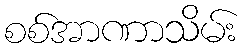
စစ်အာဏာသိမ်း